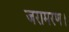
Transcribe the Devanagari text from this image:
जरामरण।